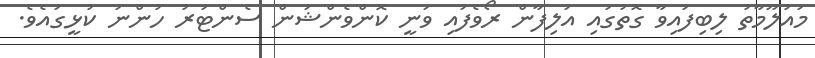
މައުލޫމާތު ލިބިފައިވާ ގޮތުގައި އަލިފާން ރޯވެފައި ވަނީ ކޮންވެންޝަން ސެންޓަރު ހުންނަ ކުޅީގައެވެ.